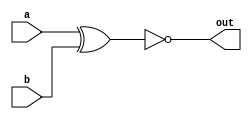
module top_module( 
    input a, 
    input b, 
    output out );
    xnor xnor1 (out,a,b);
endmodule